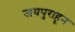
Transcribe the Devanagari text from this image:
जयपुराहून